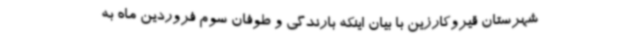
شهرستان قیروکارزین با بیان اینکه بارندگی و طوفان سوم فروردین ماه به